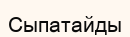
Сыпатайды